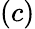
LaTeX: (c)